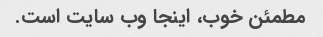
مطمئن خوب، اینجا وب سایت است.